Civil Veterinary Dept. Bombay admin report 1932-41 - 1932-1941
Year: 1932
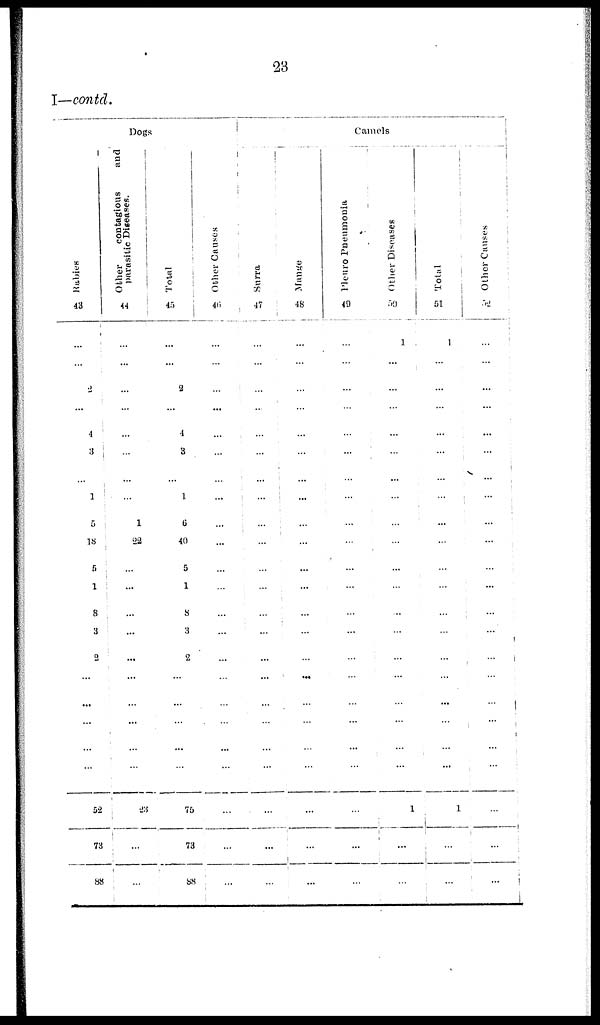
23
I—contd.
Dogs
Rabies
43
...
...
2
...
4
3
...
1
5
18
5
1
8
3
2
...
...
...
...
...
52
73
88
Other
contagious
and
parasitic Diseases.
44
...
...
...
...
...
...
...
...
1
22
...
...
...
...
...
...
...
...
...
...
23
...
...
Total
45
...
...
2
...
4
3
...
1
6
40
5
1
8
3
2
...
...
...
...
...
75
73
88
Other Causes
46
...
...
...
...
...
...
...
...
...
...
...
...
...
...
...
..
..
...
...
...
...
...
...
Camels
Surra
47
...
...
...
..
...
...
...
...
...
...
...
...
...
...
...
...
...
...
...
...
...
...
...
Mange
48
...
...
...
...
...
...
...
...
...
...
...
...
...
...
...
...
...
...
.
...
...
...
...
Pleuro Pneumonia
49
...
...
...
...
...
...
...
...
...
...
...
...
..
...
...
...
...
...
...
...
...
...
...
Other Diseases
50
1
...
...
...
...
...
...
...
...
...
...
...
..
...
...
...
...
...
...
...
1
...
...
Total
51
1
...
...
...
...
...
...
...
...
...
...
...
...
...
...
...
...
...
...
...
1
...
...
Other Causes
52
...
...
...
...
...
...
...
...
...
...
...
...
...
...
...
...
...
...
...
...
..
...
...